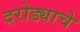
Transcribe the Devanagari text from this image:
दरोड्याचे